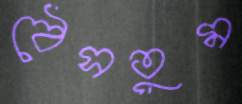
ঠেসতুম